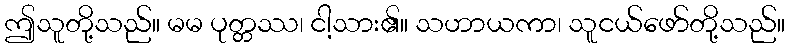
ဤသူတို့သည်။ မမ ပုတ္တဿ၊ ငါ့သား၏။ သဟာယကာ၊ သူငယ်ဖော်တို့သည်။